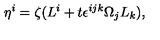
\eta ^ { i } = \zeta ( L ^ { i } + t \epsilon ^ { i j k } \Omega _ { j } L _ { k } ) ,